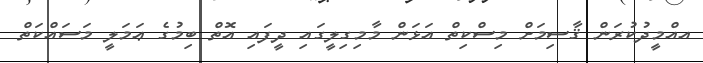
އއްމީދުކުރަން ޤާސިމަށް މިސްކިތް އަޅަން މާމިގިލީގައި ދީފައި އޮތް ބިމުގެ ޢަމަލީ މަސައްކަތް